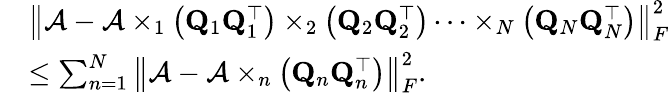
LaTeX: \begin{array}{rl}&{\left\| \mathcal{A}-\mathcal{A}\times_{1}\left({\mathbf Q}_{1}{\mathbf Q}_{1}^{\top}\right)\times_{2}\left({\mathbf Q}_{2}{\mathbf Q}_{2}^{\top}\right)\dots\times_{N}\left({\mathbf Q}_{N}{\mathbf Q}_{N}^{\top}\right)\right\| _{F}^{2}}\\ &{\leq\sum_{n=1}^{N}\left\| \mathcal{A}-\mathcal{A}\times_{n}\left({\mathbf Q}_{n}{\mathbf Q}_{n}^{\top}\right)\right\| _{F}^{2}.}\end{array}